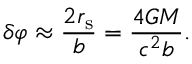
\delta \varphi \approx { \frac { 2 r _ { \mathrm { { s } } } } { b } } = { \frac { 4 G M } { c ^ { 2 } b } } .